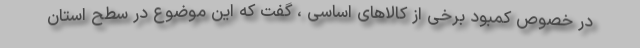
در خصوص کمبود برخی از کالاهای اساسی ، گفت که این موضوع در سطح استان